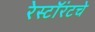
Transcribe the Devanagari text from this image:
रेस्टॉरंटचे